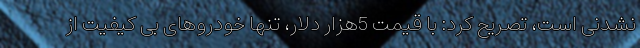
نشدنی است، تصریح کرد: با قیمت 5هزار دلار، تنها خودروهای بی کیفیت از